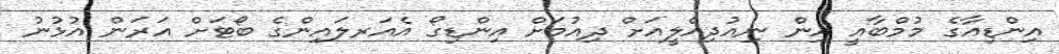
އިންޑިއާގެ މުމްބާއީ އިން ނިއުދިއްލީއަށް ދިއުމަށް އިންޑިގޯ އެއަރލައިންގެ ބޯޓަށް އަރަން އުޅުނު